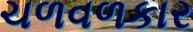
ચળવળકાર